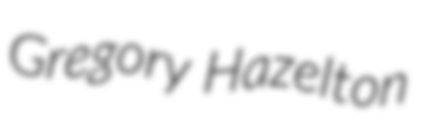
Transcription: Gregory Hazelton